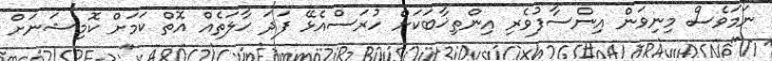
ނަމަވެސް މިނިވަން އިންސާފުވެރި އިންތިޚާބަކަށް ހުރަސްއެޅޭ ފަދަ ހާލަތެއް އޮތް ކަަމަށް ކޮމިޝަނަށް